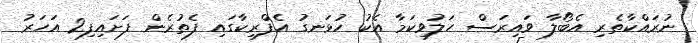
ނުރައްކާތެރި އެބޯލާ ވައިރަސް ހަލުވިކަމާ އެކު ހުޅަނގު އެފްރިކާގައި ފެތުރެން ފަށައިފި2 އަހަރު